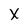
Character: X